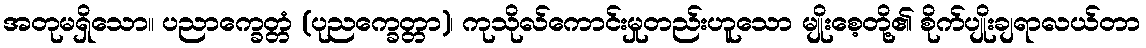
အတုမရှိသော။ ပညာက္ခေတ္တံ (ပုညက္ခေတ္တာ)၊ ကုသိုလ်ကောင်းမှုတည်းဟူသော မျိုးစေ့တို့၏ စိုက်ပျိုးချရာလယ်တာ